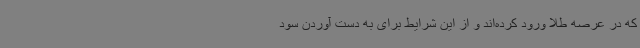
که در عرصه طلا ورود کرده‌اند و از این شرایط برای به دست آوردن سود